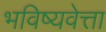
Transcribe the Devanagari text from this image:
भविष्यवेत्ता